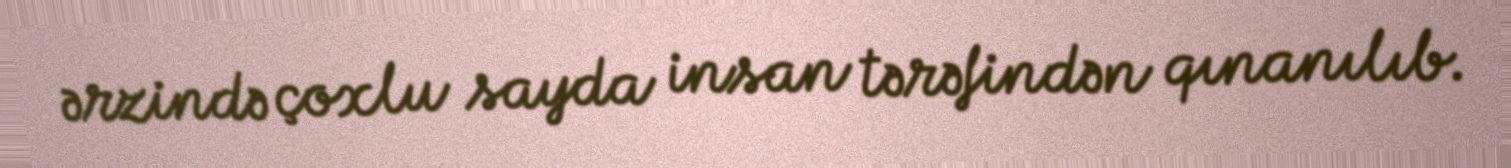
ərzində çoxlu sayda insan tərəfindən qınanılıb.